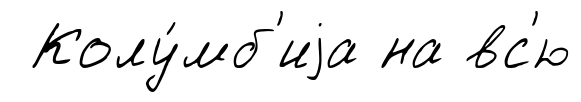
Колу́мб'иjа на вс'ю